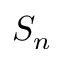
S _ { n }